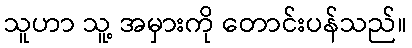
သူဟာ သူ့ အမှားကို တောင်းပန်သည်။